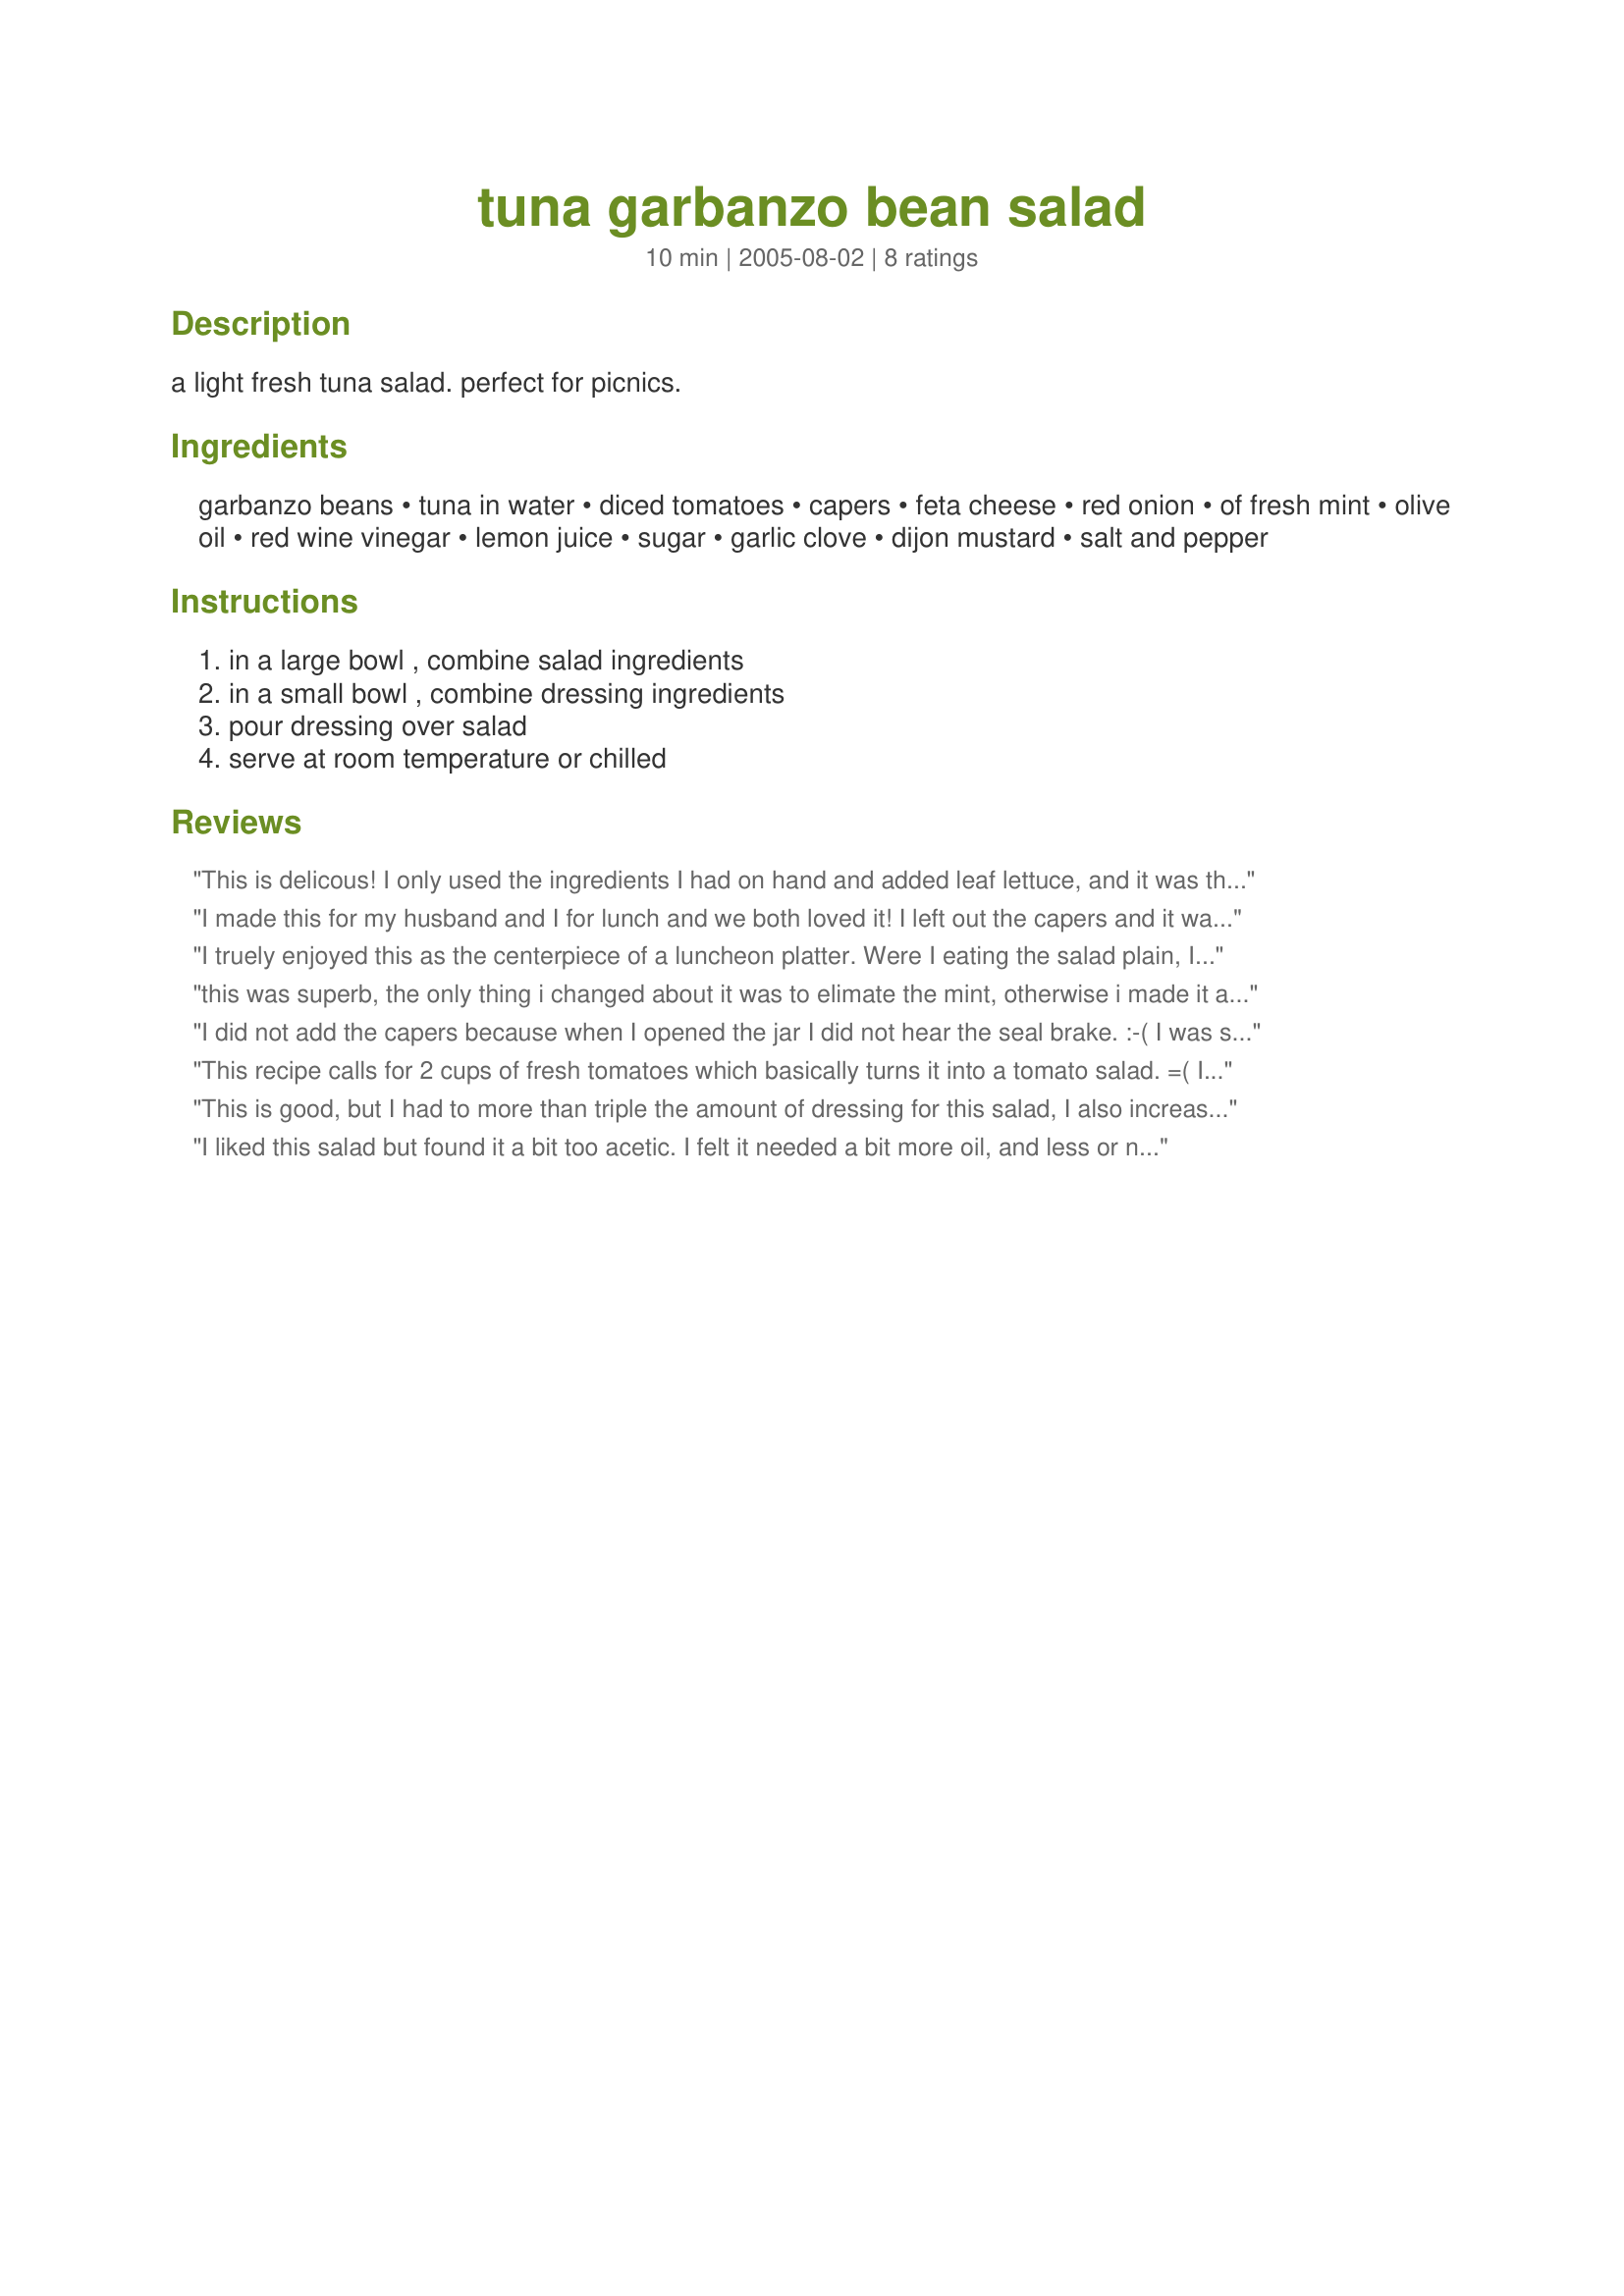
tuna garbanzo bean salad
Preparation time: 10 minutes

a light fresh tuna salad. perfect for picnics.

Ingredients:
garbanzo beans, tuna in water, diced tomatoes, capers, feta cheese, red onion, of fresh mint, olive oil, red wine vinegar, lemon juice, sugar, garlic clove, dijon mustard, salt and pepper

Steps:
in a large bowl , combine salad ingredients, in a small bowl , combine dressing ingredients, pour dressing over salad, serve at room temperature or chilled

Reviews:
This is delicous! I only used the ingredients I had on hand and added leaf lettuce, and it was the best salad I've ever made. I can't wait to share this with friends and family. So good an so healthy too!
I made this for my husband and I for lunch and we both loved it! I left out the capers and it was still good. It tastes even better the next day. A very easy and healthy lunch.
I truely enjoyed this as the centerpiece of a luncheon platter. Were I eating the salad plain, I would have cut the vinegar a smidge, but on a field of lettuce with other fresh veggies it was just perfect. Like Susie, I am not a big fan of mint so I replaced that with parsley which gave the salad a bright pop while still staying true to the structure of the dish. As an experiment I made half the salad with tomatoes as written, the other half with sundried tomatoes (plumped for five minutes in hot water). Both variations were really good, though I liked the sundried a bit better for textural reasons - my quirk. I will certainly add this to my luch repertoire. Thanks KelBel!
this was superb, the only thing i changed about it was to elimate the mint, otherwise i made it as posted, a new family favorite!!!
I did not add the capers because when I opened the jar I did not hear the seal brake. :-( I was so looking forward to trying capers for my first time. Right now at room temp this salad tastes great. So it will be great when chilled and also have the time for the flavors to blend. Just the right amount of garlic, as not to over power the other flavors. Fast and easy to make. Thanks!! UPDATE (same day) Okay, this does not work well after it had been chilled. Tends to be on the mushy side. So I'd suggest if you want it chilled, then make sure all your ingredients are chilled before you start. And add the feta cheese just before serving.
This recipe calls for 2 cups of fresh tomatoes which basically turns it into a tomato salad. =( It could also use something green to add to the visual appeal…… maybe green pepper or green olives. I did not add the fresh mint as it is an ingredient I don’t care for. (I subbed fresh basil.) The taste of the dressing was very good, but overall this wasn’t a salad I will prepare again. I just didn't care for the combo of ingredients. 


This is good, but I had to more than triple the amount of dressing for this salad, I also increased the feta and capers, and only used a few cherry tomatoes sliced in half, thanks Kel!...Kitten:)
I liked this salad but found it a bit too acetic. I felt it needed a bit more oil, and less or no vinegar. The mint was a lovely touch.
